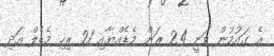
އެ ގައުމުން ވަނީ 24 ރަން މެޑެއްޔާއި 21 ރިހި މެޑެލް އަދި